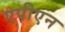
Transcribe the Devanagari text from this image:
एपीएन